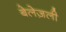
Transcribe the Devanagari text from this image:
बेलेज़ली